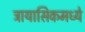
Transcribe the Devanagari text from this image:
ट्रायासिकमध्ये